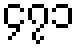
၄၇၁